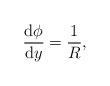
\begin{align*}\frac{\mathrm{d}\phi}{\mathrm{d}y }={\frac{1}{R}},\end{align*}